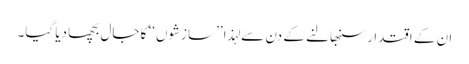
ان کے اقتدار سنبھالنے کے دن سے لہذا ’’سازشوں‘‘ کا جال بچھا دیا گیا۔